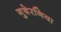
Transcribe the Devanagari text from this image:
गुबेरनिया